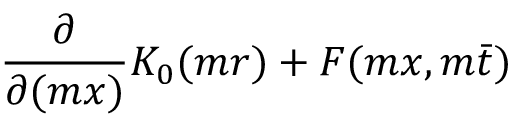
\frac { \partial } { \partial ( m x ) } K _ { 0 } ( m r ) + F ( m x , m \bar { t } )